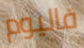
فاليوم